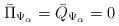
LaTeX: \begin{align*}{\bar{\Pi}}_{\Psi_\alpha} = {\bar{Q}}_{\Psi_\alpha} = 0\end{align*}